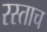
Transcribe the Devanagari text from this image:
रस्ताच